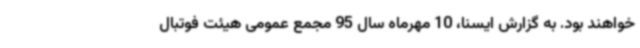
خواهند بود. به گزارش ایسنا، 10 مهرماه سال 95 مجمع عمومی هیئت فوتبال